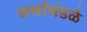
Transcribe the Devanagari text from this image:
चर्चामंडळे